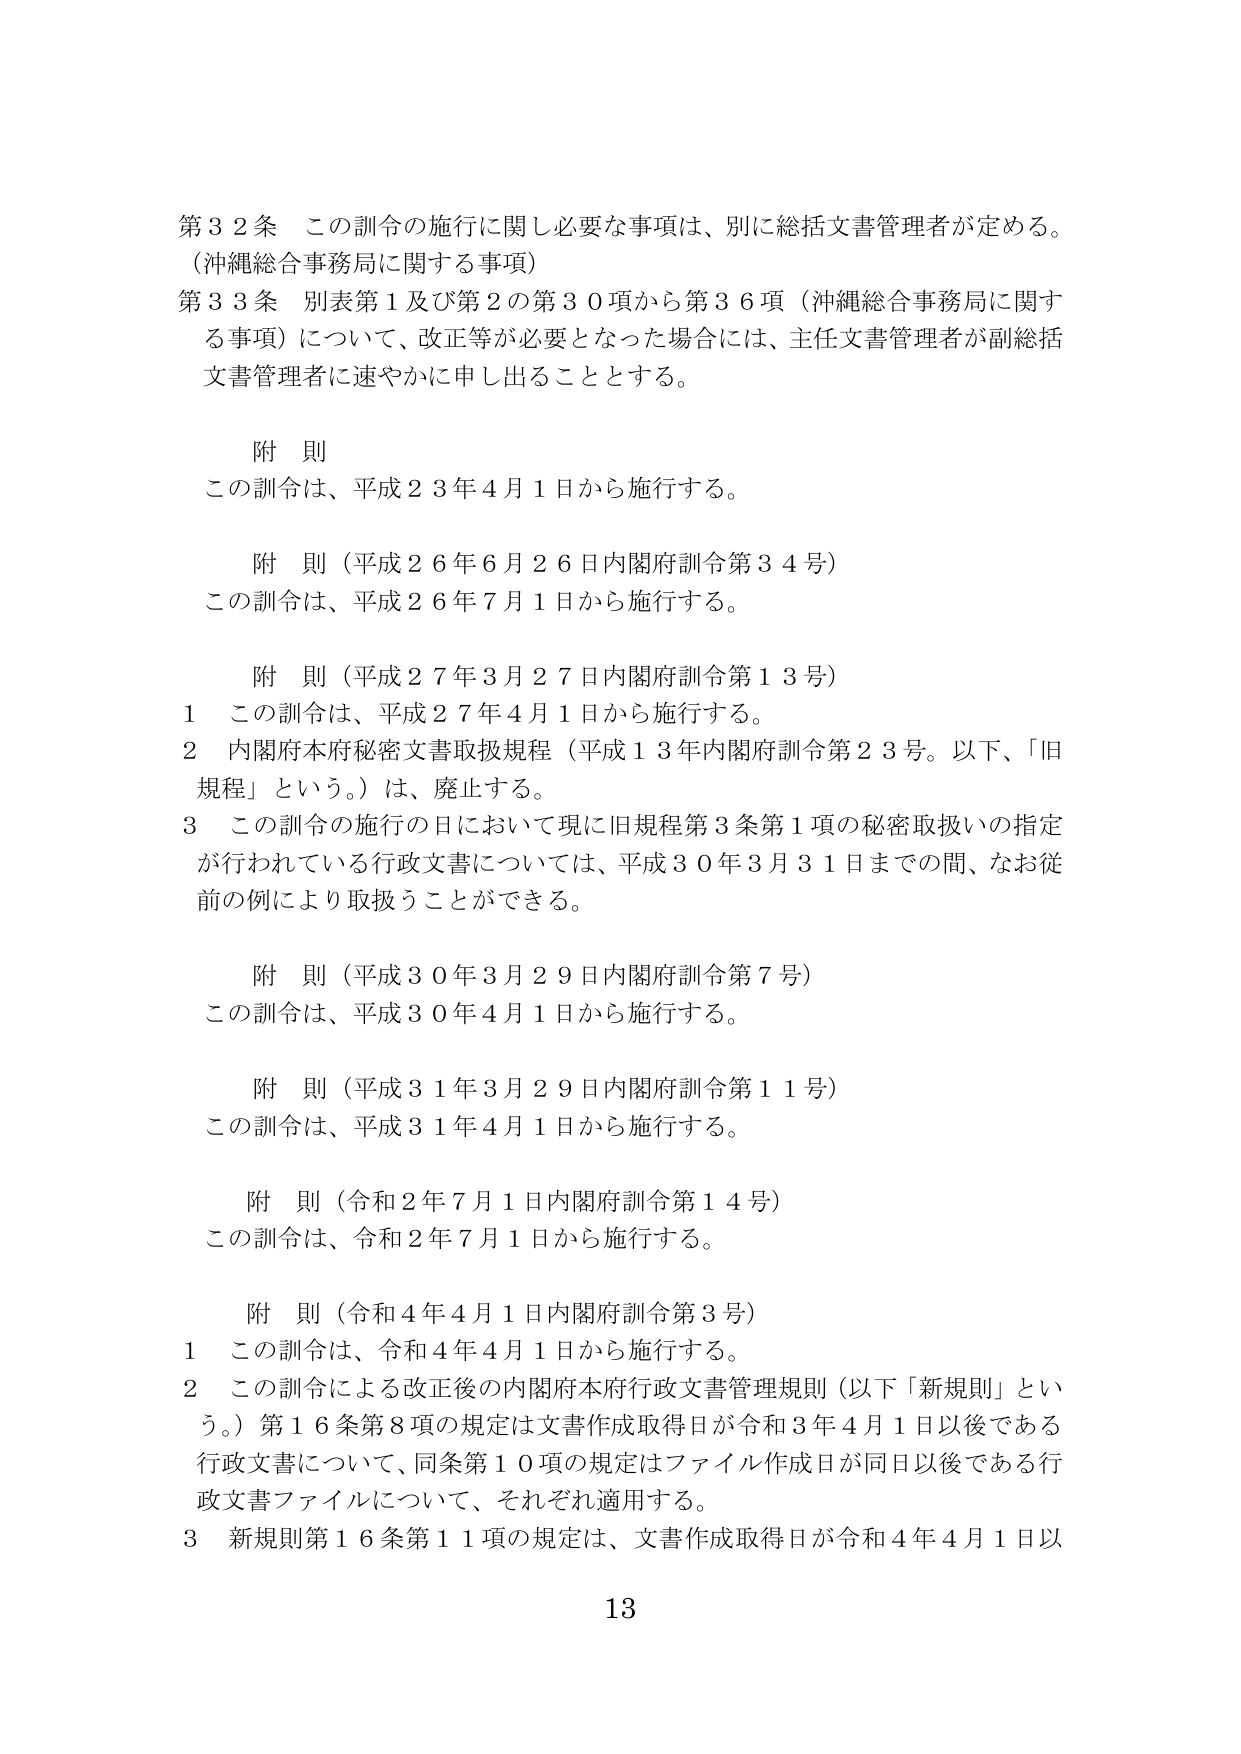
第32条 この訓令の施行に関し必要な事項は、別に総括文書管理者が定める。
（沖縄総合事務局に関する事項）
第33条 別表第1及び第2の第30項から第36項（沖縄総合事務局に関する事項）について、改正等が必要となった場合には、主任文書管理者が副総括文書管理者に速やかに申し出ることとする。

附 則
この訓令は、平成23年4月1日から施行する。

附 則（平成26年6月26日内閣府訓令第34号）
この訓令は、平成26年7月1日から施行する。

附 則（平成27年3月27日内閣府訓令第13号）
1 この訓令は、平成27年4月1日から施行する。
2 内閣府本府秘密文書取扱規程（平成13年内閣府訓令第23号。以下、「旧規程」という。）は、廃止する。
3 この訓令の施行の日において現に旧規程第3条第1項の秘密取扱いの指定が行われている行政文書については、平成30年3月31日までの間、なお従前の例により取扱うことができる。

附 則（平成30年3月29日内閣府訓令第7号）
この訓令は、平成30年4月1日から施行する。

附 則（平成31年3月29日内閣府訓令第11号）
この訓令は、平成31年4月1日から施行する。

附 則（令和2年7月1日内閣府訓令第14号）
この訓令は、令和2年7月1日から施行する。

附 則（令和4年4月1日内閣府訓令第3号）
1 この訓令は、令和4年4月1日から施行する。
2 この訓令による改正後の内閣府本府行政文書管理規則（以下「新規則」という。）第16条第8項の規定は文書作成取得日が令和3年4月1日以後である行政文書について、同条第10項の規定はファイル作成日が同日以後である行政文書ファイルについて、それぞれ適用する。
3 新規則第16条第11項の規定は、文書作成取得日が令和4年4月1日以

13